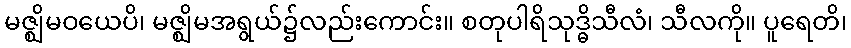
မဇ္ဈိမဝယေပိ၊ မဇ္ဈိမအရွယ်၌လည်းကောင်း။ စတုပါရိသုဒ္ဓိသီလံ၊ သီလကို။ ပူရေတိ၊